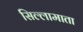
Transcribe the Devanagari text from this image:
सिल्लामाता